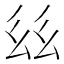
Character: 𢆾